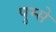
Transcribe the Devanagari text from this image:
पुम्से